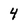
Character: 4